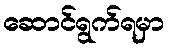
ဆောင်ရွက်ရမှာ